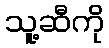
သူ့ဆီကို